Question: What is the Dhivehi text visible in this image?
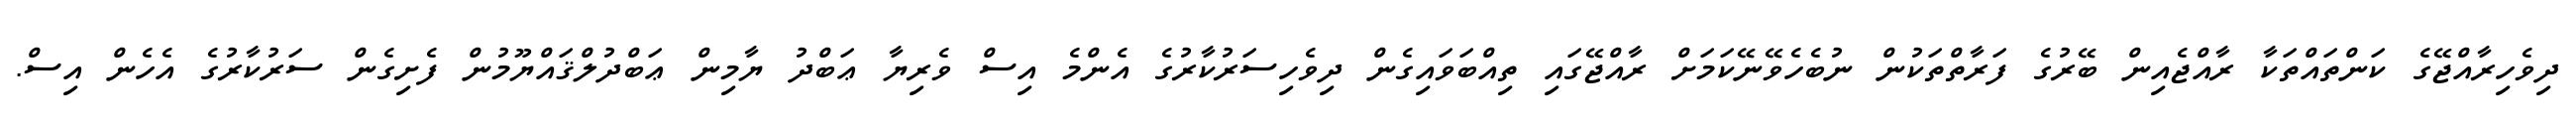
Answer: ދިވެހިރާއްޖޭގެ ކަންތައްތަކާ ރާއްޖެއިން ބޭރުގެ ފަރާތްތަކުން ނުބެހެވޭނޭކަމަށް ރާއްޖޭގައި ތިއްބަވައިގެން ދިވެހިސަރުކާރުގެ އެންމެ އިސް ވެރިޔާ ޢަބްދު ޔާމިން ޢަބްދުލްޤައްޔޫމުން ފެށިގެން ސަރުކާރުގެ އެހެން އިސް.